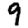
Digit: 9